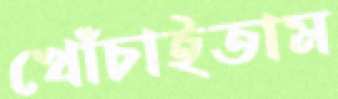
খোঁচাইতাম